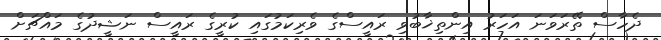
ދެހާސް ތޭރަވަނަ އަހަރު އިންތިޚާބުވި ރައީސްގެ ވެރިކަމުގައި ކުރީގެ ރައީސް ނަޝީދުގެ މައްޗަށް